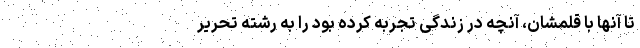
تا آنها با قلمشان، آنچه در زندگی تجربه کرده بود را به رشته تحریر